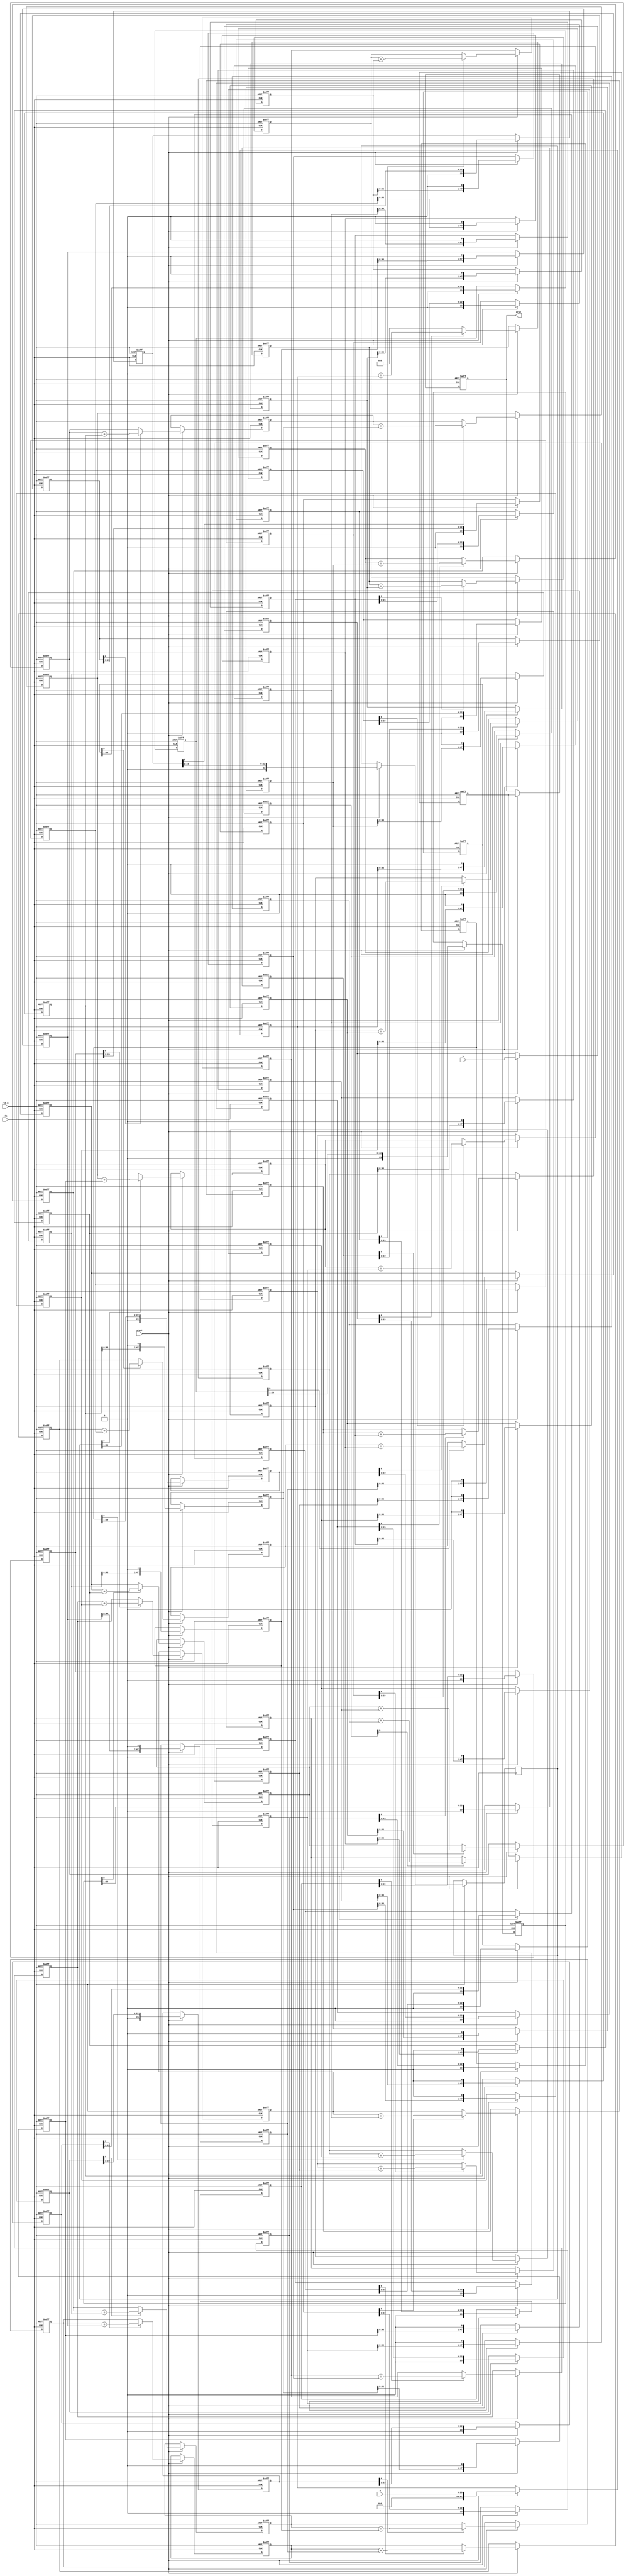
module SA_beh(
output reg[47:0] prod,
input[23:0] a, b,
input clk, rst_n, start
    );

reg[47:0] a_s0,  a_s1,  a_s2,  a_s3,
			 a_s4,  a_s5,  a_s6,  a_s7,
			 a_s8,  a_s9,  a_s10, a_s11,
			 a_s12, a_s13, a_s14, a_s15,
			 a_s16, a_s17, a_s18, a_s19,
			 a_s20, a_s21, a_s22, a_s23,
			 a_s24;
			 
reg[23:0] b_s0,  b_s1,  b_s2,  b_s3,
			 b_s4,  b_s5,  b_s6,  b_s7,
			 b_s8,  b_s9,  b_s10, b_s11,
			 b_s12, b_s13, b_s14, b_s15,
			 b_s16, b_s17, b_s18, b_s19,
			 b_s20, b_s21, b_s22, b_s23,
			 b_s24;

wire[47:0] sum_s1,  sum_s2,  sum_s3,  sum_s4,
			  sum_s5,  sum_s6,  sum_s7,  sum_s8,
			  sum_s9,  sum_s10, sum_s11, sum_s12,
			  sum_s13, sum_s14, sum_s15, sum_s16,
			  sum_s17, sum_s18, sum_s19, sum_s20,
			  sum_s21, sum_s22, sum_s23, sum_s24;
			  
reg[47:0] prod_s1,  prod_s2,  prod_s3,  prod_s4,
			 prod_s5,  prod_s6,  prod_s7,  prod_s8,
			 prod_s9,  prod_s10, prod_s11, prod_s12,
			 prod_s13, prod_s14, prod_s15, prod_s16,
			 prod_s17, prod_s18, prod_s19, prod_s20,
			 prod_s21, prod_s22, prod_s23, prod_s24;

assign sum_s1 = 48'd0 + a_s0;
assign sum_s2 = prod_s1 + a_s1;
assign sum_s3 = prod_s2 + a_s2;
assign sum_s4 = prod_s3 + a_s3;
assign sum_s5 = prod_s4 + a_s4;
assign sum_s6 = prod_s5 + a_s5;
assign sum_s7 = prod_s6 + a_s6;
assign sum_s8 = prod_s7 + a_s7;
assign sum_s9 = prod_s8 + a_s8;
assign sum_s10 = prod_s9 + a_s9;
assign sum_s11 = prod_s10 + a_s10;
assign sum_s12 = prod_s11 + a_s11;
assign sum_s13 = prod_s12 + a_s12;
assign sum_s14 = prod_s13 + a_s13;
assign sum_s15 = prod_s14 + a_s14;
assign sum_s16 = prod_s15 + a_s15;
assign sum_s17 = prod_s16 + a_s16;
assign sum_s18 = prod_s17 + a_s17;
assign sum_s19 = prod_s18 + a_s18;
assign sum_s20 = prod_s19 + a_s19;
assign sum_s21 = prod_s20 + a_s20;
assign sum_s22 = prod_s21 + a_s21;
assign sum_s23 = prod_s22 + a_s22;
assign sum_s24 = prod_s23 + a_s23;

integer i;
always@(posedge clk or negedge rst_n) begin
	if(!rst_n) begin
		a_s0 <= 48'd0; a_s1 <= 48'd0; a_s2 <= 48'd0; a_s3 <= 48'd0;
		a_s4 <= 48'd0; a_s5 <= 48'd0; a_s6 <= 48'd0; a_s7 <= 48'd0;
		a_s8 <= 48'd0; a_s9 <= 48'd0; a_s10 <= 48'd0; a_s11 <= 48'd0;
		a_s12 <= 48'd0; a_s13 <= 48'd0; a_s14 <= 48'd0; a_s15 <= 48'd0;
		a_s16 <= 48'd0; a_s17 <= 48'd0; a_s18 <= 48'd0; a_s19 <= 48'd0;
		a_s20 <= 48'd0; a_s21 <= 48'd0; a_s22 <= 48'd0; a_s23 <= 48'd0;
		a_s24 <= 48'd0;
		
		b_s0 <= 24'd0;  b_s1 <= 24'd0;  b_s2 <= 24'd0;  b_s3 <= 24'd0;
		b_s4 <= 24'd0;  b_s5 <= 24'd0;  b_s6 <= 24'd0;  b_s7 <= 24'd0;
		b_s8 <= 24'd0;  b_s9 <= 24'd0;  b_s10 <= 24'd0; b_s11 <= 24'd0;
		b_s12 <= 24'd0; b_s13 <= 24'd0; b_s14 <= 24'd0; b_s15 <= 24'd0;
		b_s16 <= 24'd0; b_s17 <= 24'd0; b_s18 <= 24'd0; b_s19 <= 24'd0;
		b_s24 <= 24'd0; b_s21 <= 24'd0; b_s22 <= 24'd0; b_s23 <= 24'd0;
		b_s24 <= 24'd0;
		
		prod_s1 <= 48'd0; prod_s2 <= 48'd0; prod_s3 <= 48'd0; prod_s4 <= 48'd0;
		prod_s5 <= 48'd0; prod_s6 <= 48'd0; prod_s7 <= 48'd0; prod_s8 <= 48'd0;
		prod_s9 <= 48'd0; prod_s10 <= 48'd0; prod_s11 <= 48'd0; prod_s12 <= 48'd0;
		prod_s13 <= 48'd0; prod_s14 <= 48'd0; prod_s15 <= 48'd0; prod_s16 <= 48'd0;
		prod_s17 <= 48'd0; prod_s18 <= 48'd0; prod_s19 <= 48'd0; prod_s20 <= 48'd0;
		prod_s21 <= 48'd0; prod_s22 <= 48'd0; prod_s23 <= 48'd0; prod_s24 <= 48'd0;
		
		prod <= 48'd0;
	end
	else begin
		if(start) begin
			a_s0 <= a;
			b_s0 <= b;
			//STAGE 1//
			if(b_s0[0] == 1'b1) prod_s1 <= sum_s1;
			else prod_s1 <= 48'b0;
			a_s1 <= a_s0<<1;
			b_s1 <= b_s0>>1;
			//STAGE 2//
			if(b_s1[0] == 1'b1) prod_s2 <= sum_s2;
			else prod_s2 <= prod_s1;
			a_s2 <= a_s1<<1;
			b_s2 <= b_s1>>1;
			//STAGE 3//
			if(b_s2[0] == 1'b1) prod_s3 <= sum_s3;
			else prod_s3 <= prod_s2;
			a_s3 <= a_s2<<1;
			b_s3 <= b_s2>>1;
			//STAGE 4//
			if(b_s3[0] == 1'b1) prod_s4 <= sum_s4;
			else prod_s4 <= prod_s3;
			a_s4 <= a_s3<<1;
			b_s4 <= b_s3>>1;
			//STAGE 5//
			if(b_s4[0] == 1'b1) prod_s5 <= sum_s5;
			else prod_s5 <= prod_s4;
			a_s5 <= a_s4<<1;
			b_s5 <= b_s4>>1;
			//STAGE 6//
			if(b_s5[0] == 1'b1) prod_s6 <= sum_s6;
			else prod_s6 <= prod_s5;
			a_s6 <= a_s5<<1;
			b_s6 <= b_s5>>1;
			//STAGE 7//
			if(b_s6[0] == 1'b1) prod_s7 <= sum_s7;
			else prod_s7 <= prod_s6;
			a_s7 <= a_s6<<1;
			b_s7 <= b_s6>>1;
			//STAGE 8//
			if(b_s7[0] == 1'b1) prod_s8 <= sum_s8;
			else prod_s8 <= prod_s7;
			a_s8 <= a_s7<<1;
			b_s8 <= b_s7>>1;
			//STAGE 9//
			if(b_s8[0] == 1'b1) prod_s9 <= sum_s9;
			else prod_s9 <= prod_s8;
			a_s9 <= a_s8<<1;
			b_s9 <= b_s8>>1;
			//STAGE 10//
			if(b_s9[0] == 1'b1) prod_s10 <= sum_s10;
			else prod_s10 <= prod_s9;
			a_s10 <= a_s9<<1;
			b_s10 <= b_s9>>1;
			//STAGE 11//
			if(b_s10[0] == 1'b1) prod_s11 <= sum_s11;
			else prod_s11 <= prod_s10;
			a_s11 <= a_s10<<1;
			b_s11 <= b_s10>>1;
			//STAGE 12//
			if(b_s11[0] == 1'b1) prod_s12 <= sum_s12;
			else prod_s12 <= prod_s11;
			a_s12 <= a_s11<<1;
			b_s12 <= b_s11>>1;
			//STAGE 13//
			if(b_s12[0] == 1'b1) prod_s13 <= sum_s13;
			else prod_s13 <= prod_s12;
			a_s13 <= a_s12<<1;
			b_s13 <= b_s12>>1;
		  	//STAGE 14//
			if(b_s13[0] == 1'b1) prod_s14 <= sum_s14;
			else prod_s14 <= prod_s13;
			a_s14 <= a_s13<<1;
			b_s14 <= b_s13>>1;
			//STAGE 15//
			if(b_s14[0] == 1'b1) prod_s15 <= sum_s15;
			else prod_s15 <= prod_s14;
			a_s15 <= a_s14<<1;
			b_s15 <= b_s14>>1;
			//STAGE 16//
			if(b_s15[0] == 1'b1) prod_s16 <= sum_s16;
			else prod_s16 <= prod_s15;
			a_s16 <= a_s15<<1;
			b_s16 <= b_s15>>1;
			//STAGE 17//
			if(b_s16[0] == 1'b1) prod_s17 <= sum_s17;
			else prod_s17 <= prod_s16;
			a_s17 <= a_s16<<1;
			b_s17 <= b_s16>>1;
			//STAGE 18//
			if(b_s17[0] == 1'b1) prod_s18 <= sum_s18;
			else prod_s18 <= prod_s17;
			a_s18 <= a_s17<<1;
			b_s18 <= b_s17>>1;
			//STAGE 19//
			if(b_s18[0] == 1'b1) prod_s19 <= sum_s19;
			else prod_s19 <= prod_s18;
			a_s19 <= a_s18<<1;
			b_s19 <= b_s18>>1;
			//STAGE 20//
			if(b_s19[0] == 1'b1) prod_s20 <= sum_s20;
			else prod_s20 <= prod_s19;
			a_s20 <= a_s19<<1;
			b_s20 <= b_s19>>1;
			//STAGE 21//
			if(b_s20[0] == 1'b1) prod_s21 <= sum_s21;
			else prod_s21 <= prod_s20;
			a_s21 <= a_s20<<1;
			b_s21 <= b_s20>>1;
			//STAGE 22//
			if(b_s21[0] == 1'b1) prod_s22 <= sum_s22;
			else prod_s22 <= prod_s21;
			a_s22 <= a_s21<<1;
			b_s22 <= b_s21>>1;
			//STAGE 23//
			if(b_s22[0] == 1'b1) prod_s23 <= sum_s23;
			else prod_s23 <= prod_s22;
			a_s23 <= a_s22<<1;
			b_s23 <= b_s22>>1;
			//STAGE 24//
			if(b_s23[0] == 1'b1) prod_s24 <= sum_s24;
			else prod_s24 <= prod_s23;
			a_s24 <= a_s23<<1;
			b_s24 <= b_s23>>1;
			//STAGE OUTPUT//
			prod <= prod_s24;
		end
	end
end

endmodule